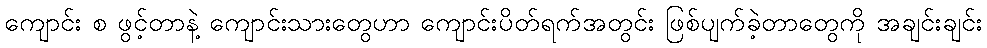
ကျောင်း စ ဖွင့်တာနဲ့ ကျောင်းသားတွေဟာ ကျောင်းပိတ်ရက်အတွင်း ဖြစ်ပျက်ခဲ့တာတွေကို အချင်းချင်း